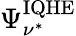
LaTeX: \Psi_{\nu^{*}}^{\mathrm{{IQHE}}}